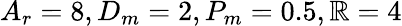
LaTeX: A_{r}=8,D_{m}=2,P_{m}=0.5,\mathbb{R}=4